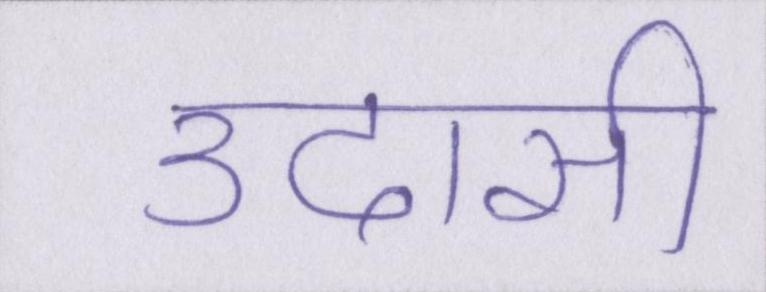
उदासी